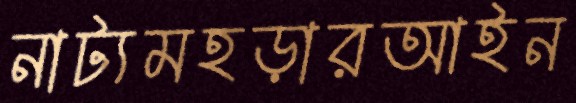
নাট্যমহড়ারআইন